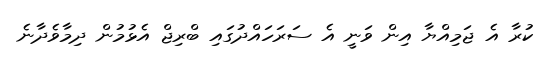
ކުރާ އެ ޖަމިއްޔާ އިން ވަނީ އެ ސަރަހައްދުގައި ބްރިޖް އެޅުމުން ދިމާވެދާނެ